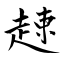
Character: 趚